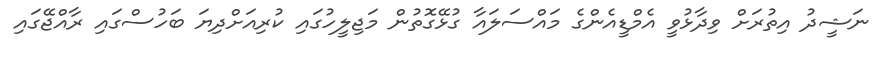
ނަޝީދު އިތުރަށް ވިދާޅުވީ އެމްޑީއެންގެ މައްސަލައާ ގުޅޭގޮތުން މަޖިލީހުގައި ކުރިއަށްދިޔަ ބަހުސްގައި ރާއްޖޭގައި